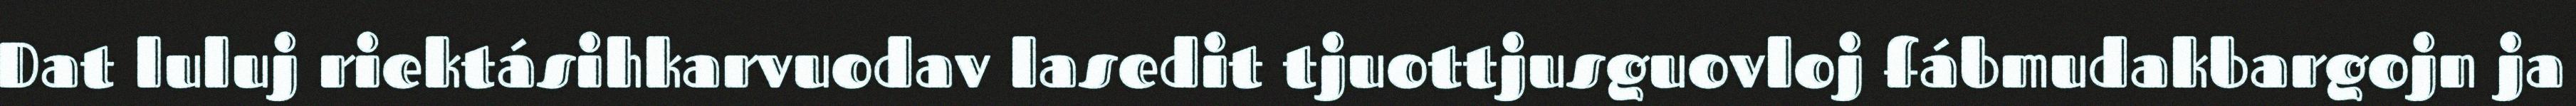
Dat luluj riektásihkarvuodav lasedit tjuottjusguovloj fábmudakbargojn ja